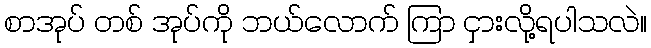
စာအုပ် တစ် အုပ်ကို ဘယ်လောက် ကြာ ငှားလို့ရပါသလဲ။